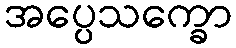
အပ္ပေသက္ခော